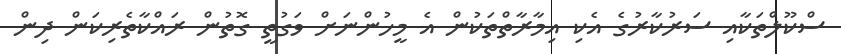
ސްކޫލްތަކާއި ސަރުކާރުގެ އެކި އިމާރާތްތަކުން އެ މީހުންނަށް ވަގުތީ ގޮތުން ރައްކާތެރިކަން ދިން